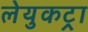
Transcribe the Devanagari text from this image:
लेयुकट्रा